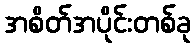
အစိတ်အပိုင်းတစ်ခု